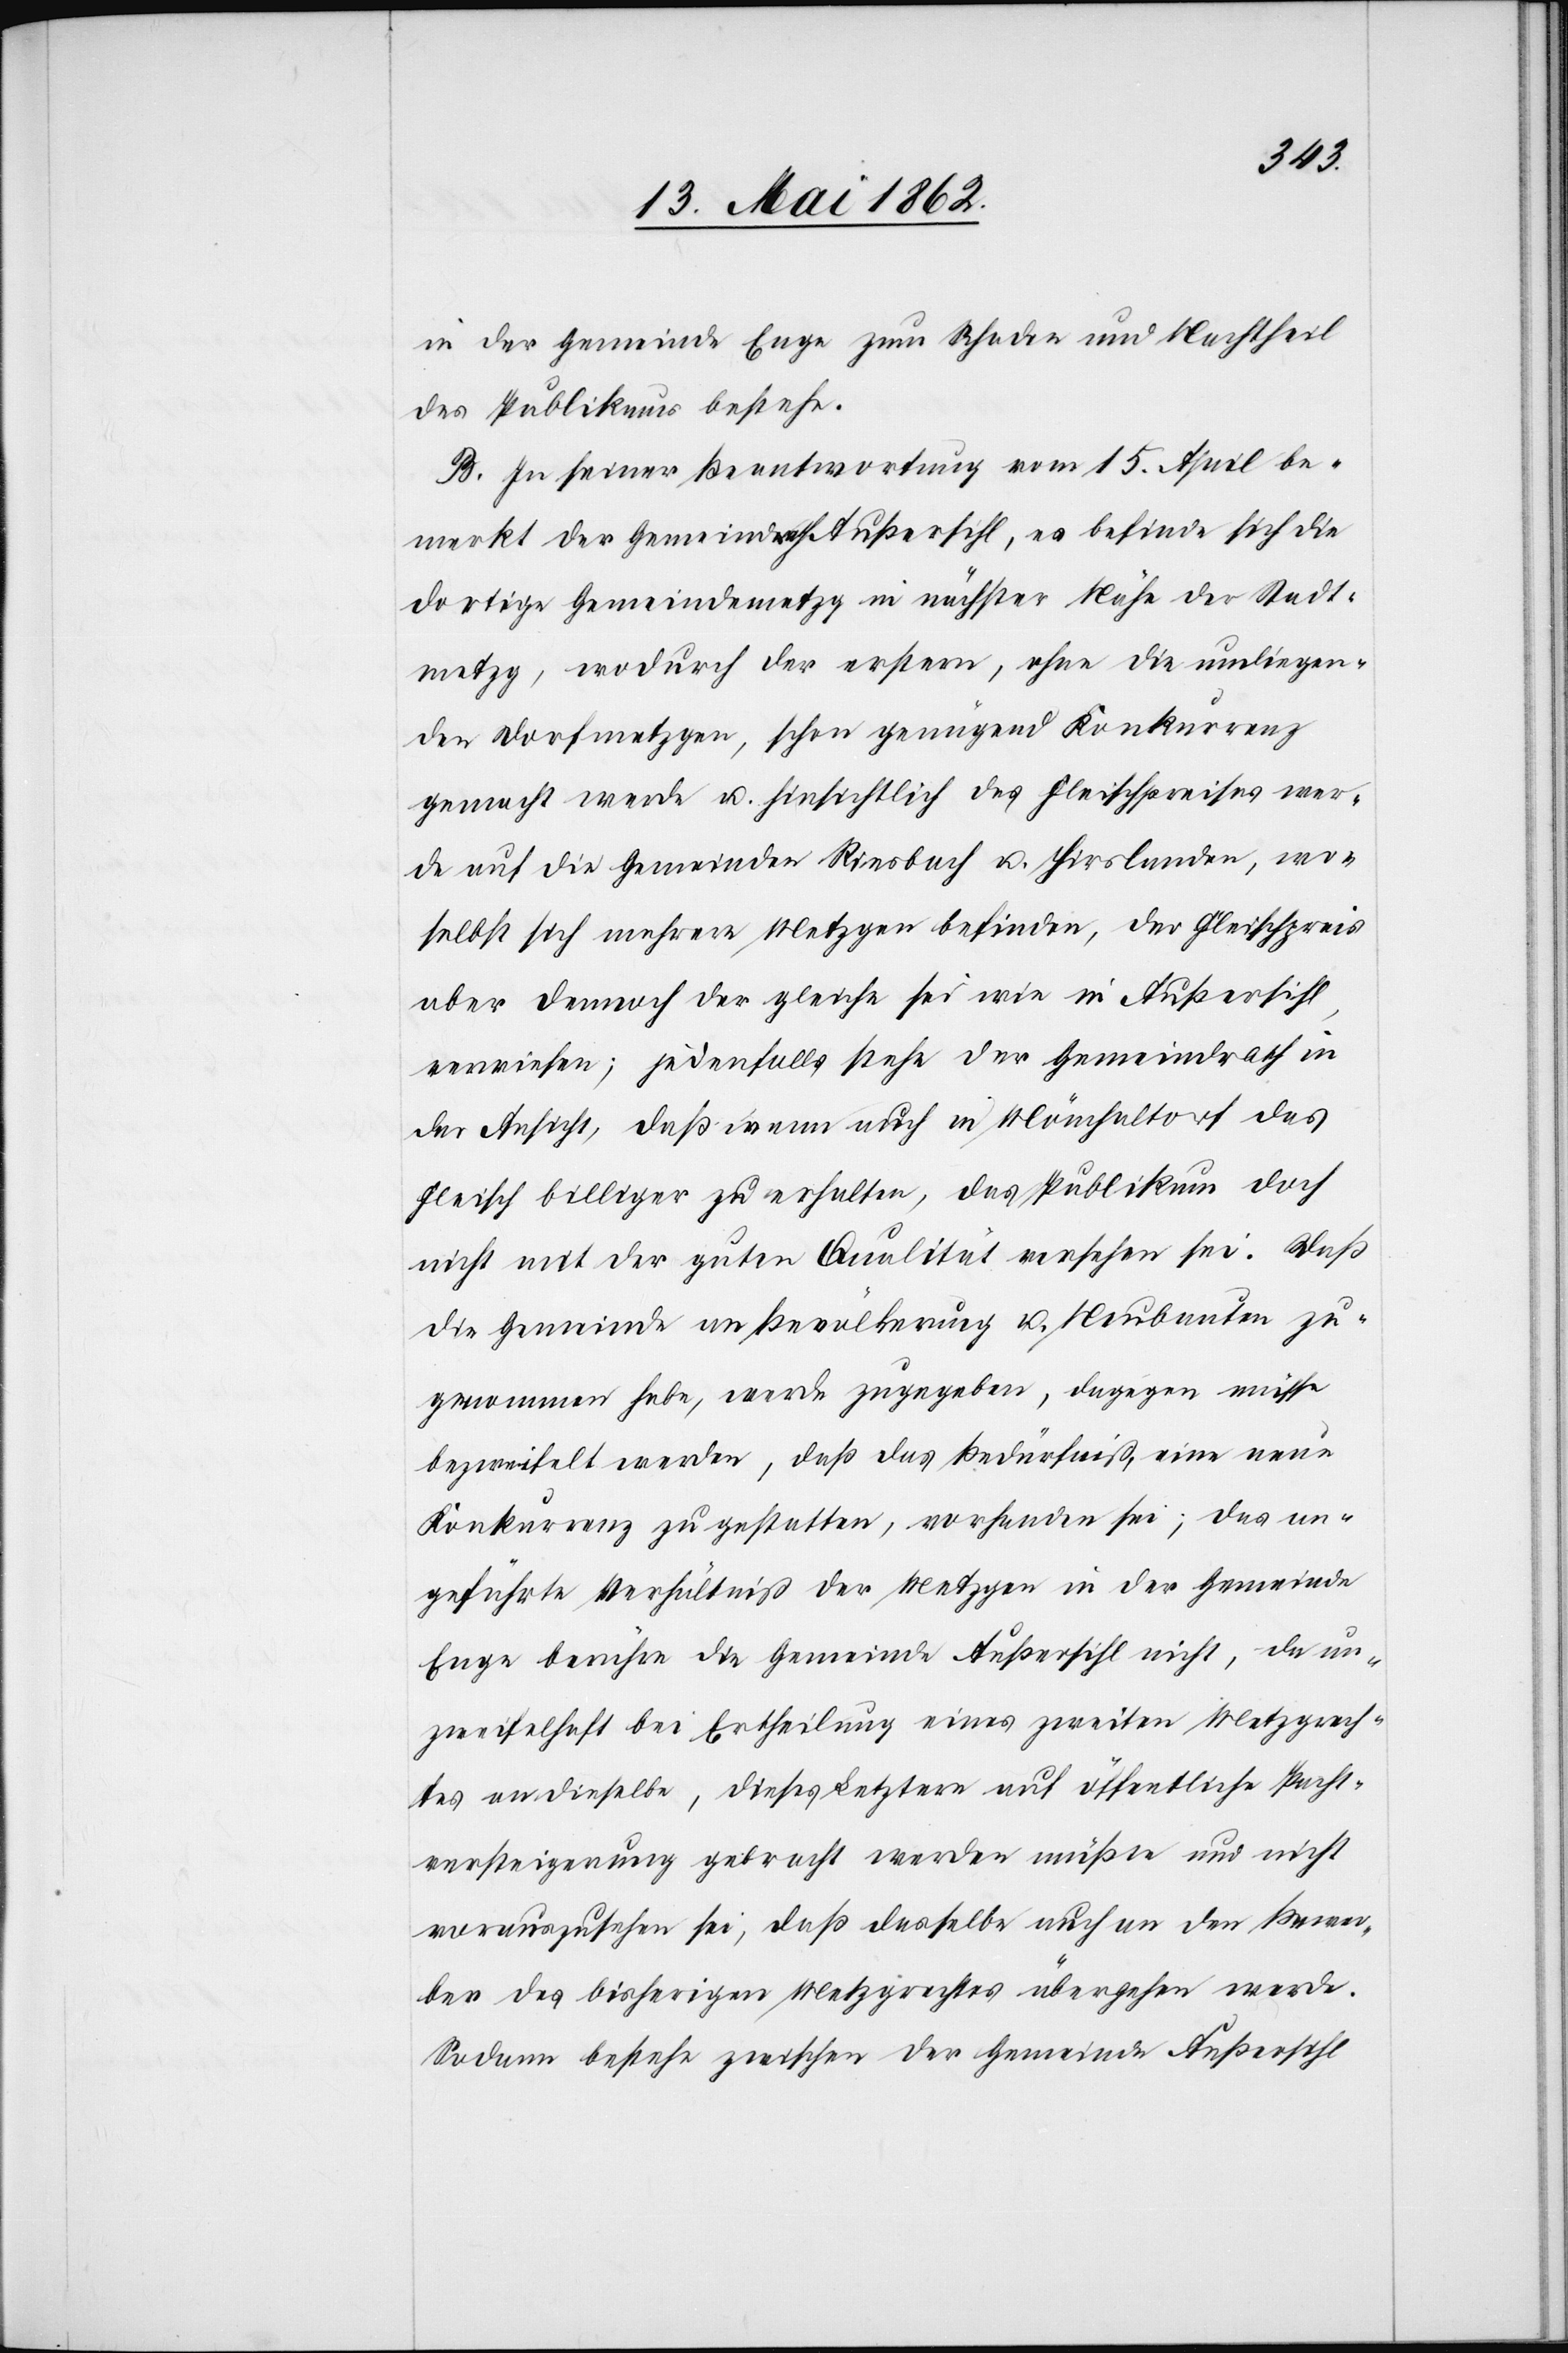
in der Gemeinde Enge zum Schaden und Nachtheil
des Publikums bestehe.
B. In einer Beantwortung vom 15. April be¬
merkt der Gemeindrath Außersihl, es befinde sich die
dortige Gemeindemetzg in nächster Nähe der Stadt¬
metzg, wodurch der erstern, ohne die umliegen¬
den Dorfmetzgen, schon genügend Konkurrenz
gemacht werde u. hinsichtlich des Fleischpreises wer¬
de auf die Gemeinden Riesbach u. Hirslanden, wo¬
selbst sich mehrere Metzger befinden, der Fleischpreis
aber dennoch der gleiche sei wie in Außersihl
verwiesen; jedenfalls stehe der Gemeindrath in
der Ansicht, daß wenn auch in Mönchaltorf das
Fleisch billiger zu erhalten, das Publikum doch
nicht mit der guten Qualität versehen sei. Daß
die Gemeinde an Bevölkerung u. Neubauten zu¬
genommen habe, werde zugegeben, dagegen müsse
bezweifelt werden, daß das Bedürfniß, eine neue
Konkurrenz zu gestatten, vorhanden sei; das an¬
geführte Verhältniß der Metzgen in der Gemeinde
Enge berühre die Gemeinde Außersihl nicht, da un¬
zweifelhaft bei Ertheilung eines zweiten Metzgrech¬
tes an dieselbe, dieses Letztere auf öffentliche Pacht¬
versteigerung gebracht werden müße und nicht
vorauszusehen sei, daß dasselbe auch an den Bewer¬
ber des bisherigen Metzgrechtes übergehen werde.
Sodann bestehe zwischen der Gemeinde Außersihl